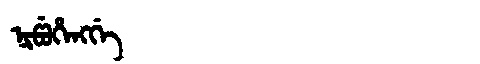
Manchu: ᠨᡳᡦᡠᡥᡝᠩᡤᡝ
Romanization: NIPUHENGGE